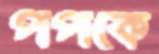
পপকে